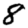
Digit: 8